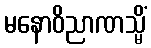
မနောဝိညာဏသ္မိံ